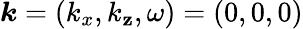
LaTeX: \boldsymbol{k}=(k_{x},k_{\mathbf{z}},\omega)=(0,0,0)